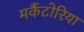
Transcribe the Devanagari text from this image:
मर्कैटोरिया